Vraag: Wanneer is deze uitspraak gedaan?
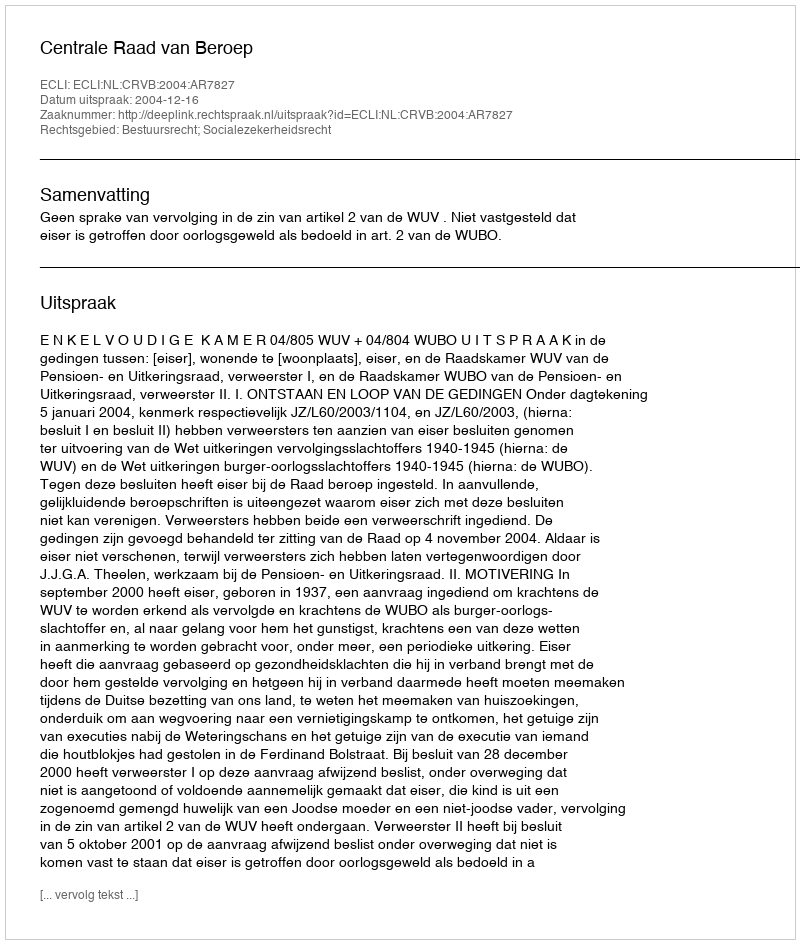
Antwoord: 2004-12-16